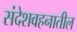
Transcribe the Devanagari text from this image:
संदेशवहनातील